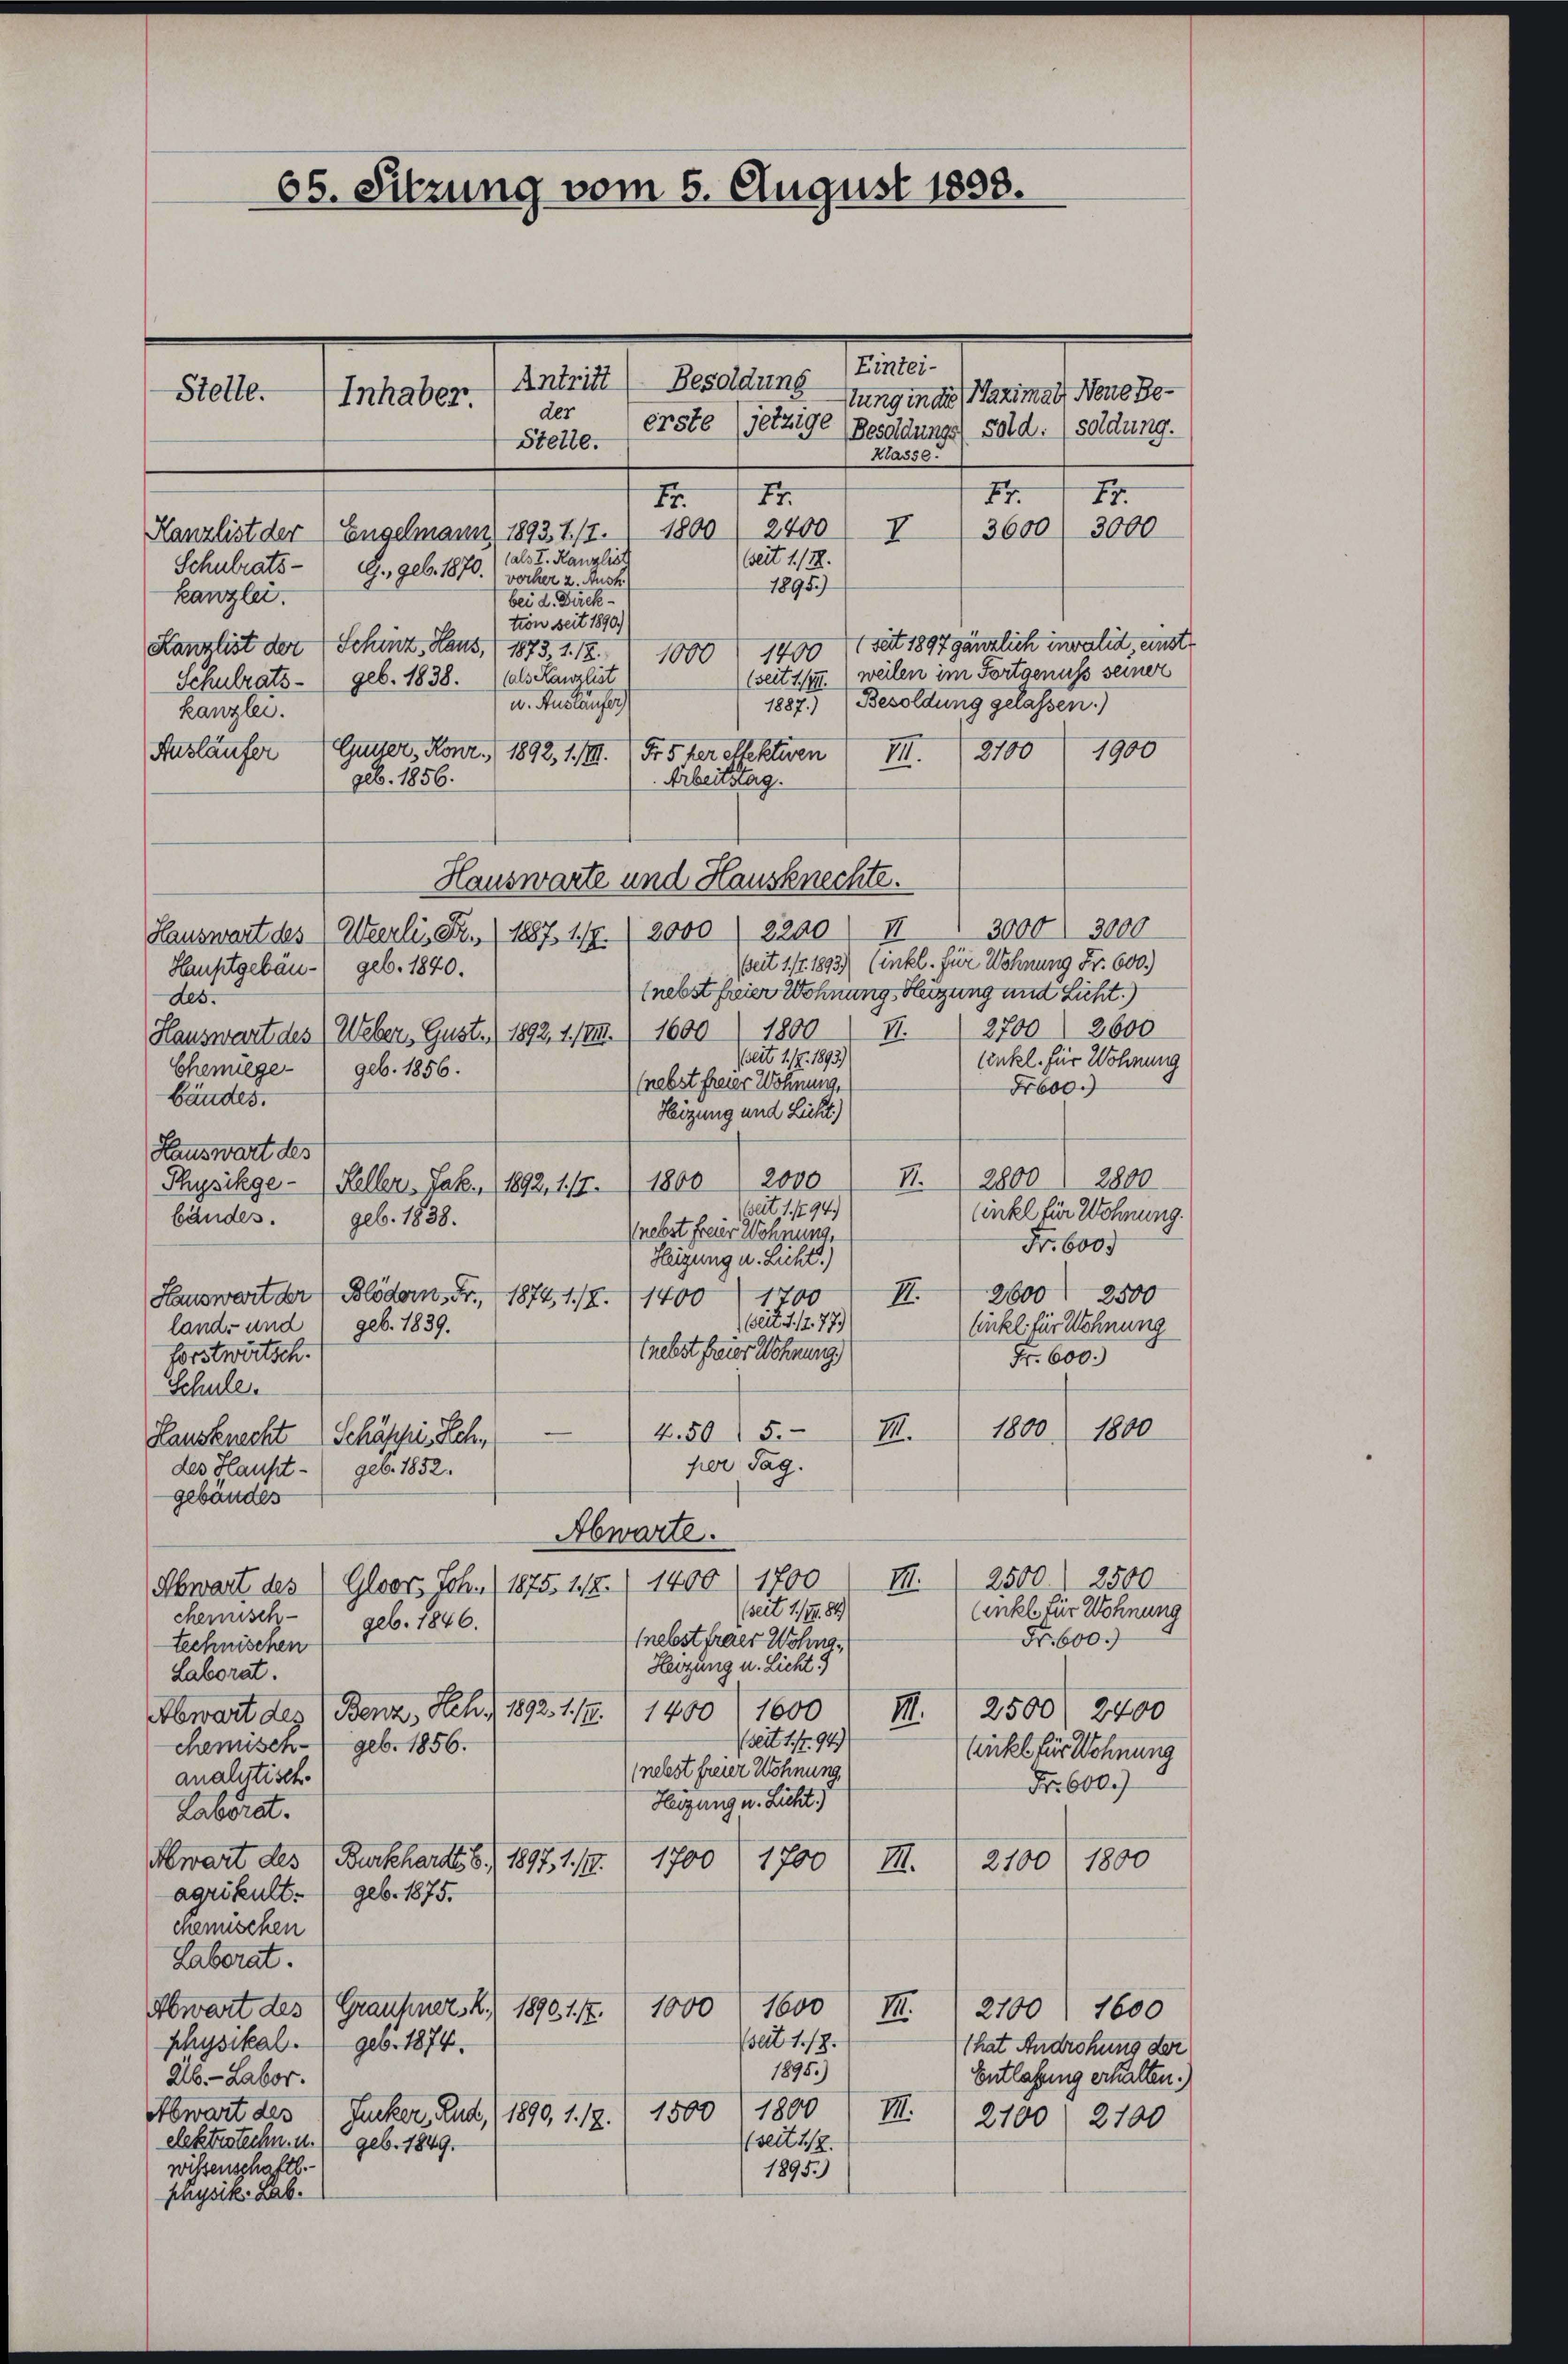
Stelle.

65. Sitzung vom 5. August 1808.

Antritt) Besoldung Eintei-
tung inde Maximal Neue Beder
erste (jetzige (Besoldung sold: (soldung.
Stelle.
Klasse.
II. d. 12.
77.
E
Kanzlist der Engelmann 1893. 117.) 1800) 2400 I 3600) 3000
(als I. Kanzlist
eit 1. /12.
Schulrats- G., geb. 1870. wöcher 2. Auch
1895)
kanzlei.
bei d. Direktion seit 1890.)
1400 1 seit 1897 gänzlich invalid, einstr
Kanzlist der Schinz, Haus, (1873, 1. 18.
1000
(seit 1/4. weilen im Fortgenuss seiner
Schulrats- (geb. 1838.  als Kanzlist
1887.) Besoldung gelassen.)
u. Auslaufer
kanzlei.
1900
2100
Ausläufer (Gunter, Konr. 1892, 1. III.
Fr. 5 ter ellektiven
III.
geb. 1856.
Arbeitstag.
Hauswarte und Hausknechte.
3000. 3000
2200 II
Hauswart des Wierli, Fr. (1887, 1/7 (2000
eit 1/4 1893) Einkl. für Wohnung Fr. 600.)
Hauptgebäu- geb. 1840.
(nebst freier Wohnung Heizung mit Licht.)
des.
II. 2700 2600
1800.
Hauswart des Weber, Gust. (1892, 1. III. 1600
eit 1. Z. 1893)
linkel. für Wohnung
Chemiege geb. 1856.
(nebst freier Wohnung.
Fr 600.
bäudes.
Heizung und Licht)
Hauswart des
VI. 2800 2800
Physikge - (Keller. Jak. 11892, 1. 17. 1800 (2000
beit 1. 1794.
Cinkel für Wohnung.
bändes.
geb. 1838.
(nebst freier Wohnung.
Fr. 600.
Heigung u. Licht.)
2600 2500
Hauswart der Blöder, Fr. 1874, 118. 11400
II.
1700
Geit u. 12. 77.)
land- und geb. 1839.
sinkel für Wohnung
tnebst freier Wohnung)
forstwirtsch.
Fr. 600.)
Schule.
1800
1800
4.50 / 5.
II.
Hausknecht Schäppi. Sch. —
per Tag.
des Haupt geb. 1852.
gebäudes
Abwarte.
2500. 2500
II.
Abwart des Gloor Joh. 1875. 115. (1400) 1700
(seit 1/9. 84
Cinkel für Wohnung
chemisch geb. 1846.
Fr. 600.
(nebst fraer Wohnstechnischen
Heizung u. Licht.)
Laborat.
1600
II. 2500) 2400
Abwart des Benz, Hch. 1892. 1. /1. 1400
(seit 1. fr. 94)
chemisch geb. 1856.
Enkel für Wohnung
(nebst freier Wohnung,
analitisch.
Fr. 600.)
Heizung u. Licht
Laborat.
1700
1700
Abwart des (Burkhards 6. 1897, 1. 19.
2100/ 1800
III.
agrikult.) geb. 1875.
chemischen
Laborat.
Abwart des (Graufener, 4.) 18901. 7.
1000 1600 I. 1 2700 7600
(seit 1./2.
physikal geb. 1874.
That Androhung der
1895.)
Entlassung erhalten.)
26.- Labor.
1800
1500
Abwart des Zucker, Rud.) 1890, 1. 18.
III. 2100) 2700
seit 1/2.
elektestechn. u. geb. 1849.
wißenschaftl.
1895.)
physik. Lab.

Inhaber.